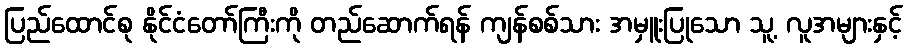
ပြည်ထောင်စု နိုင်ငံတော်ကြီးကို တည်ဆောက်ရန် ကျန်စစ်သား အမှူးပြုသော သူ့ လူအများနှင့်